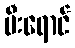
မီးရောင်